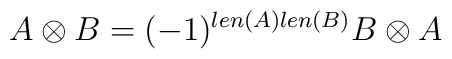
A \otimes B = (-1)^{len(A)len(B)} B \otimes A